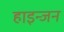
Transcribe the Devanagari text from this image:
हाइन्जन